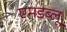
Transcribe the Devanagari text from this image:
एमडब्लू